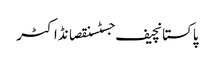
پاکستانچیف جسٹسنقصانڈاکٹر